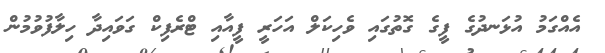
އެއްގަމު އުޅަނދުގެ ފީގެ ގޮތުގައި ވެހިކަލް އަހަރީ ފީއާއި ޓްރެފިކް ގަވައިދާ ހިލާފުވުމުން